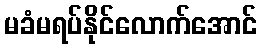
မခံမရပ်နိုင်လောက်အောင်